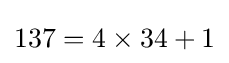
137=4\times 34+1